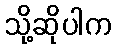
သို့ဆိုပါက